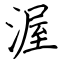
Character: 渥